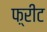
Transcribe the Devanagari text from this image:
फ़्रीट